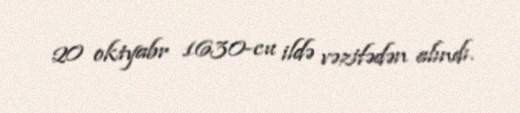
20 oktyabr 1630-cu ildə vəzifədən alındı.